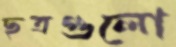
ছত্রগুলো